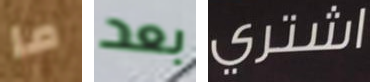
ما بعد اشتري